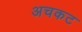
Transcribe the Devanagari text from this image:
अचकट